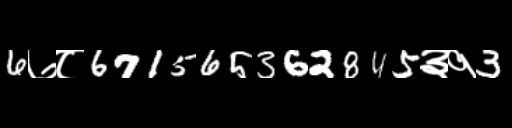
Text: 6७८671565362845३१3